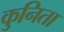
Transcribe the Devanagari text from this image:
कुनिता